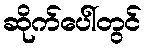
ဆိုက်ပေါ်တွင်